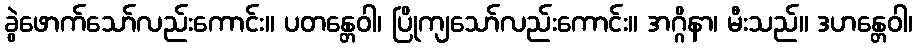
ခွဲဖောက်သော်လည်းကောင်း။ ပတန္တေဝါ၊ ပြိုကျသော်လည်းကောင်း။ အဂ္ဂိနာ၊ မီးသည်။ ဒဟန္တေဝါ၊